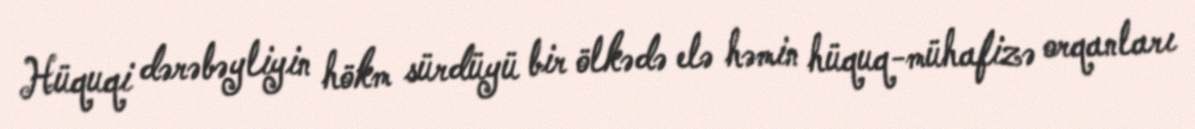
Hüquqi dərəbəyliyin hökm sürdüyü bir ölkədə elə həmin hüquq-mühafizə orqanları